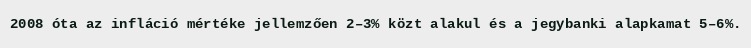
2008 óta az infláció mértéke jellemzően 2–3% közt alakul és a jegybanki alapkamat 5–6%.